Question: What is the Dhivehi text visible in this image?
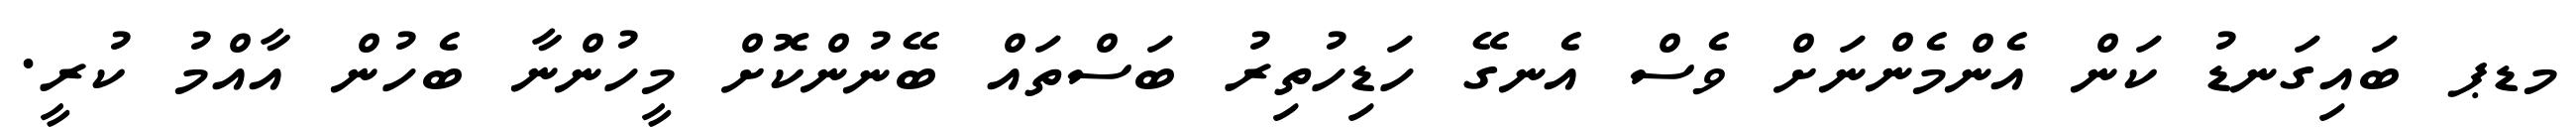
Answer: މޑޕ ބައިގަނޑު ކަން އެންމެންނަށް ވެސް އެނގޭ ހަޑިހުތިރު ބަސްތައް ބޭނުންކޮށް މީހުންނާ ބެހުން އާއްމު ކުރީ.